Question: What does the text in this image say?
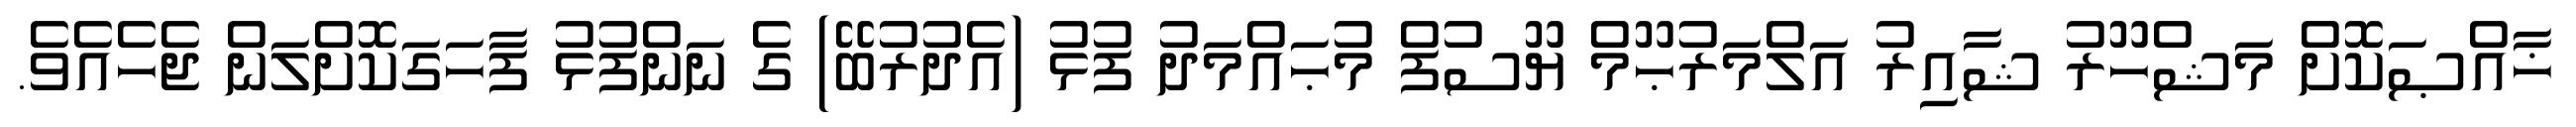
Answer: ޚާއްޞަކޮށް މަޝްހޫރު ޝާއިރު އަލްމަރުޙޫމް ޔޫސުފް މުޙައްމަދު ފުޅު (އެދުރުބޭ) ގެ ނަންފުޅު ފާހަގަކޮށްލަން ޖެހެއެވެ.